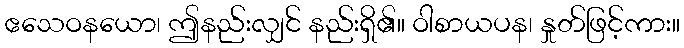
ဧသေဝနယော၊ ဤနည်းလျှင် နည်းရှိ၏။ ဝါစာယပန၊ နှုတ်ဖြင့်ကား။